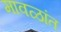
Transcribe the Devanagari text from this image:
मावळांत